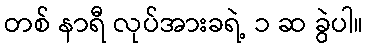
တစ် နာရီ လုပ်အားခရဲ့ ၁ ဆ ခွဲပါ။